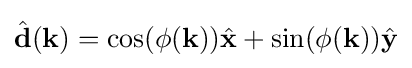
{\hat {\mathbf {d} }}(\mathbf {k} )=\cos(\phi (\mathbf {k} )){\hat {\mathbf {x} }}+\sin(\phi (\mathbf {k} )){\hat {\mathbf {y} }}